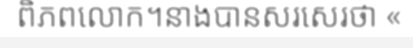
ពិភពលោក។នាងបានសរសេរថា «